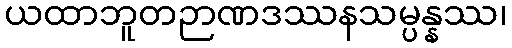
ယထာဘူတဉာဏဒဿနသမ္ပန္နဿ၊